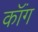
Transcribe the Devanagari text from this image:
कॉंग